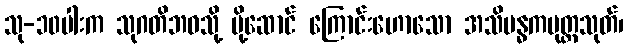
သု-၁၀ပါးက သုဂတိဘဝသို့ ပို့ဆောင် ကြောင်းဟောသော အသိဗန္ဓကပုတ္တသုတ်၊